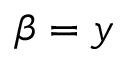
\beta = y